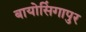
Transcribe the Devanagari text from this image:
बायोसिंगापुर